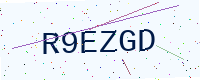
Text: R9EZGD